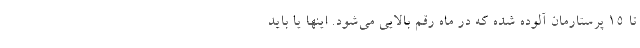
تا ۱۵ پرستارمان آلوده شده که در ماه رقم بالایی می‌شود. اینها یا باید